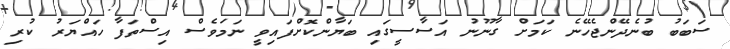
ސަބަބު ބުނެދޭންޖެހޭނެ ކަމަށް ގާނޫނު އަސާސީގައި ބަޔާންކޮށްފައިވީ ނަމަވެސް އިސްތަފާ ހައްޔަރު ކުރި